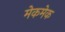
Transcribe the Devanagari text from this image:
मेकमेक